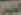
المنين